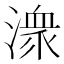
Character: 潨